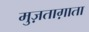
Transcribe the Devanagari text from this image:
मुज़ताग़ाता